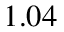
1 . 0 4